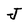
Character: J